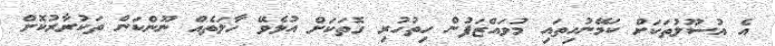
އެ އުސޫލުތަކަށް ކަމޭނުހިތައި މުވައްޒަފުން ހިތުހުރި ގޮތަކަށް އުޅެވޭ ހާލަތެއް ނޫންކަން ތަކުރާރުކޮށް